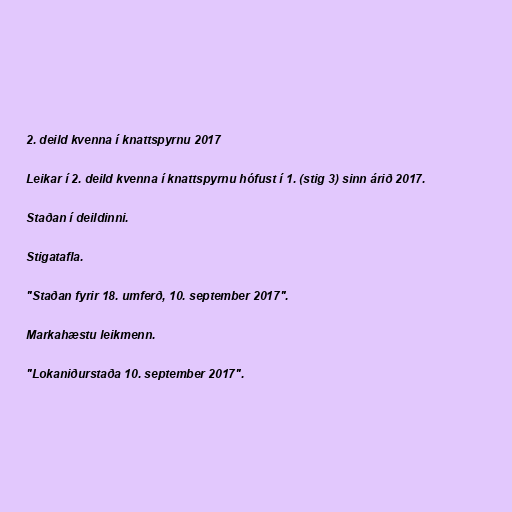
2. deild kvenna í knattspyrnu 2017

Leikar í 2. deild kvenna í knattspyrnu hófust í 1. (stig 3) sinn árið 2017.

Staðan í deildinni.

Stigatafla.

"Staðan fyrir 18. umferð, 10. september 2017".

Markahæstu leikmenn.

"Lokaniðurstaða 10. september 2017".